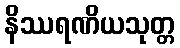
နိဿရဏိယသုတ္တ